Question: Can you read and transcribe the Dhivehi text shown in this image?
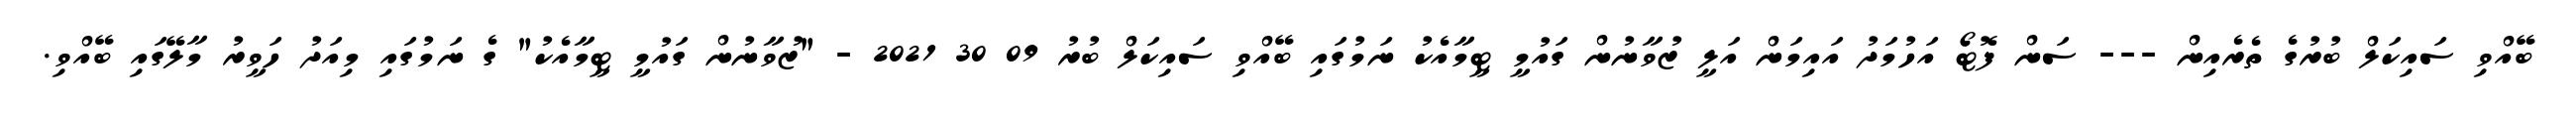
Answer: ބޭއްވި ސައިކަލް ބުރުގެ ތެރެއިން --- ސަން ފޮޓޯ އަހުމަދު އައިމަން އަލީ ޒުވާނުން ގައުމީ ޓީމާއެކު ނަމުގައި ބޭއްވި ސައިކަލް ބުރު 09 30 2021 - "ޒުވާނުން ގައުމީ ޓީމާއެކު" ގެ ނަމުގައި މިއަދު ހަވީރު މާލޭގައި ބޭއްވި.